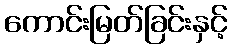
ကောင်းမြတ်ခြင်းနှင့်